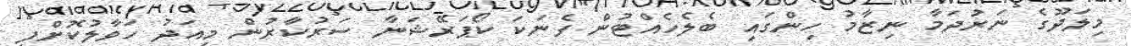
މިލަދޫގެ ނަރުދަމާ ނިޒާމު ހިންގައި ބެލެހެއްޓުން ފެނަކަ ކޯޕަރޭޝަނާ ސަރުކާރުން މިއަދު ހަވާލުކޮށްފި